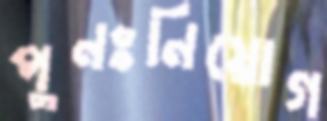
পুনঃনিয়োগ